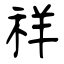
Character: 祥